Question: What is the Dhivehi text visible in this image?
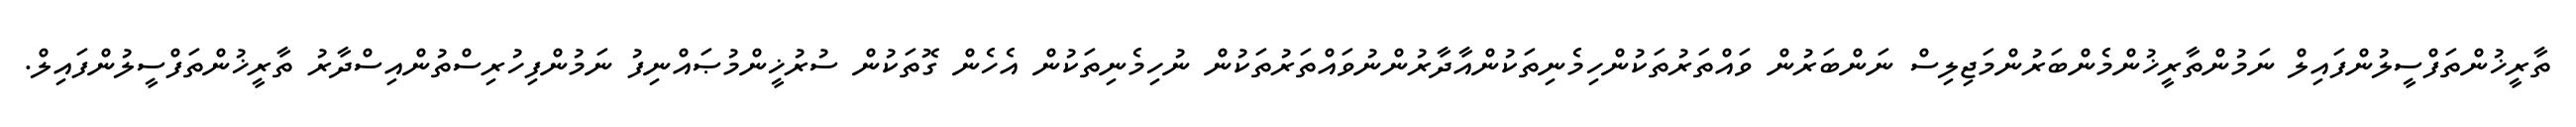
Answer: ތާރީޚުންތަފްސީލުންފައިލް ނަމުންތާރީޚުންމެންބަރުންމަޖިލިސް ނަންބަރުން ވައްތަރުތަކުންހިމެނިތަކުންއާދާރުންނުވައްތަރުތަކުން ނުހިމެނިތަކުން އެހެން ގޮތަކުން ސުރުޚީންމުޞައްނިފު ނަމުންފިހުރިސްތުންއިސްދާރު ތާރީޚުންތަފްސީލުންފައިލް.